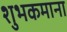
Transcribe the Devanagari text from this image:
शुभकमाना